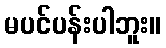
မပင်ပန်းပါဘူး။